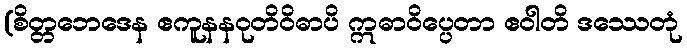
(စိတ္တဘေဒေန ဧကူနနဝုတိဝိဓာပိ ဣဓာဝိပ္ပေတာ ဧဝါတိ ဒဿေတုံ